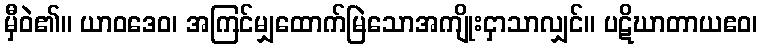
မှီဝဲ၏။ ယာဝဒေဝ၊ အကြင်မျှထောက်မြဲသောအကျိုးငှာသာလျှင်။ ပဋိဃာတာယဧဝ၊